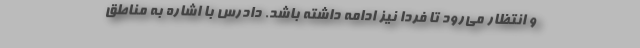
و انتظار می‌رود تا فردا نیز ادامه داشته باشد. دادرس با اشاره به مناطق